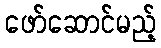
ဖော်ဆောင်မည့်